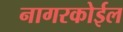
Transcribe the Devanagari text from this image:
नागरकोईल